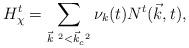
LaTeX: \begin{align*}H_{\chi}^t = \sum_{{\vec k}^{~2} < {\vec k}_c^{~2}}{\nu}_k(t) N^t({\vec k},t),\end{align*}